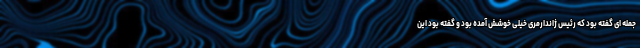
جمله ای گفته بود که رئیس ژاندارمری خیلی خوشش آمده بود و گفته بود این